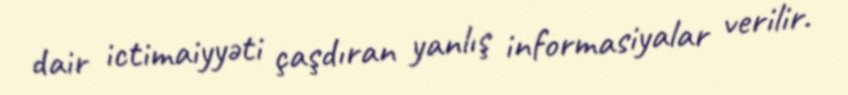
dair ictimaiyyəti çaşdıran yanlış informasiyalar verilir.